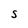
Character: S